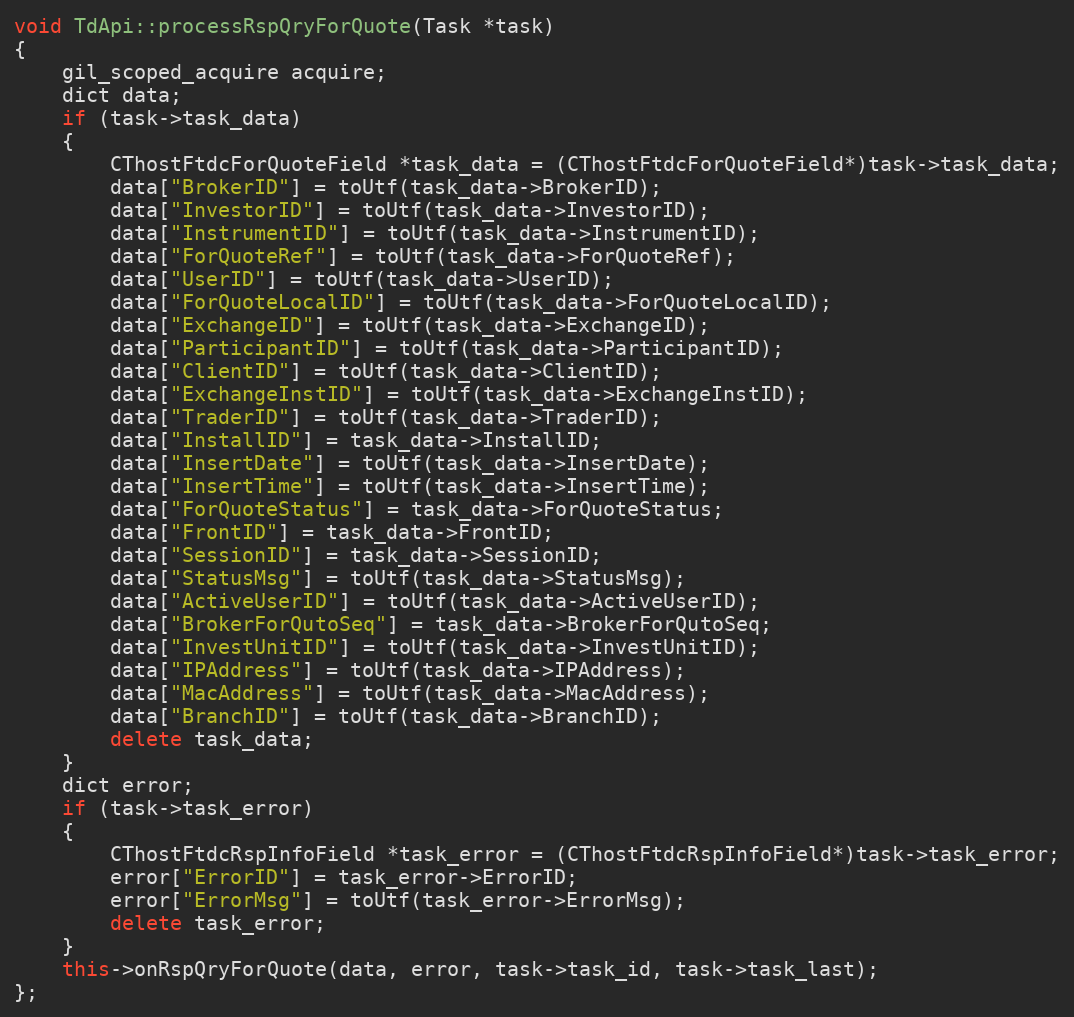
Language: C++
void TdApi::processRspQryForQuote(Task *task)
{
	gil_scoped_acquire acquire;
	dict data;
	if (task->task_data)
	{
		CThostFtdcForQuoteField *task_data = (CThostFtdcForQuoteField*)task->task_data;
		data["BrokerID"] = toUtf(task_data->BrokerID);
		data["InvestorID"] = toUtf(task_data->InvestorID);
		data["InstrumentID"] = toUtf(task_data->InstrumentID);
		data["ForQuoteRef"] = toUtf(task_data->ForQuoteRef);
		data["UserID"] = toUtf(task_data->UserID);
		data["ForQuoteLocalID"] = toUtf(task_data->ForQuoteLocalID);
		data["ExchangeID"] = toUtf(task_data->ExchangeID);
		data["ParticipantID"] = toUtf(task_data->ParticipantID);
		data["ClientID"] = toUtf(task_data->ClientID);
		data["ExchangeInstID"] = toUtf(task_data->ExchangeInstID);
		data["TraderID"] = toUtf(task_data->TraderID);
		data["InstallID"] = task_data->InstallID;
		data["InsertDate"] = toUtf(task_data->InsertDate);
		data["InsertTime"] = toUtf(task_data->InsertTime);
		data["ForQuoteStatus"] = task_data->ForQuoteStatus;
		data["FrontID"] = task_data->FrontID;
		data["SessionID"] = task_data->SessionID;
		data["StatusMsg"] = toUtf(task_data->StatusMsg);
		data["ActiveUserID"] = toUtf(task_data->ActiveUserID);
		data["BrokerForQutoSeq"] = task_data->BrokerForQutoSeq;
		data["InvestUnitID"] = toUtf(task_data->InvestUnitID);
		data["IPAddress"] = toUtf(task_data->IPAddress);
		data["MacAddress"] = toUtf(task_data->MacAddress);
		data["BranchID"] = toUtf(task_data->BranchID);
		delete task_data;
	}
	dict error;
	if (task->task_error)
	{
		CThostFtdcRspInfoField *task_error = (CThostFtdcRspInfoField*)task->task_error;
		error["ErrorID"] = task_error->ErrorID;
		error["ErrorMsg"] = toUtf(task_error->ErrorMsg);
		delete task_error;
	}
	this->onRspQryForQuote(data, error, task->task_id, task->task_last);
};